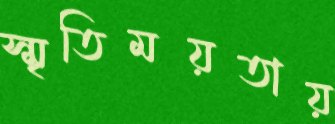
স্মৃতিময়তায়